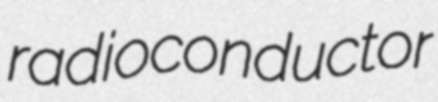
radioconductor